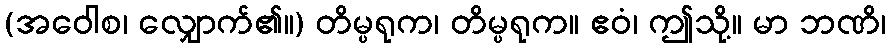
(အဝေါစ၊ လျှောက်၏။) တိမ္ပရုက၊ တိမ္ပရုက။ ဧဝံ၊ ဤသို့။ မာ ဘဏိ၊